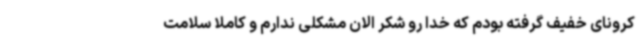
کرونای خفیف گرفته بودم که خدا رو شکر الان مشکلی ندارم و کاملا سلامت